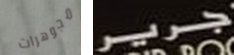
مجوهرات جرير